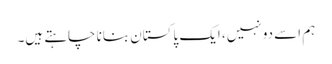
ہم اسے دو نہیں، ایک پاکستان بنانا چاہتے ہیں۔